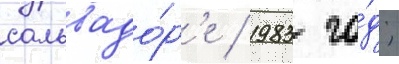
сальвадо́р'е / 1983 го́д;